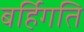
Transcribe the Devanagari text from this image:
बर्हिगति